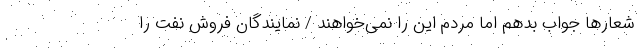
شعارها جواب بدهم اما مردم این را نمی‌خواهند / نمایندگان فروش نفت را